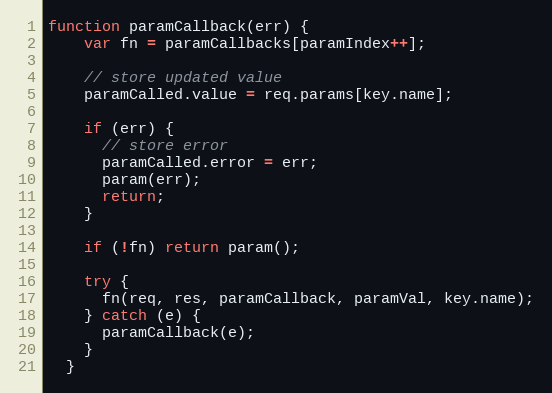
Language: JavaScript
function paramCallback(err) {
    var fn = paramCallbacks[paramIndex++];

    // store updated value
    paramCalled.value = req.params[key.name];

    if (err) {
      // store error
      paramCalled.error = err;
      param(err);
      return;
    }

    if (!fn) return param();

    try {
      fn(req, res, paramCallback, paramVal, key.name);
    } catch (e) {
      paramCallback(e);
    }
  }